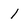
Character: l